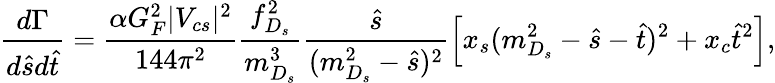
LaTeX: \frac{d\Gamma}{d\hat{s}d\hat{t}}=\frac{\alpha G_{F}^{2}|V_{cs}|^{2}}{144\pi^{2}}\frac{f_{D_{s}}^{2}}{m_{D_{s}}^{3}}\frac{\hat{s}}{(m_{D_{s}}^{2}-\hat{s})^{2}}\left[x_{s}(m_{D_{s}}^{2}-\hat{s}-\hat{t})^{2}+x_{c}\hat{t}^{2}\right],